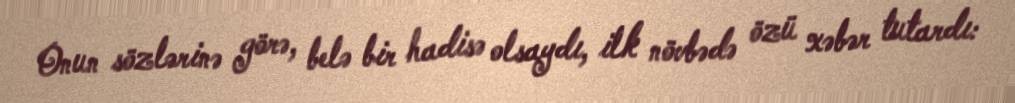
Onun sözlərinə görə, belə bir hadisə olsaydı, ilk növbədə özü xəbər tutardı: